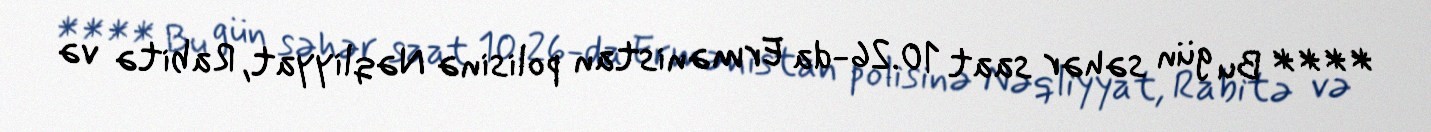
**** Bu gün səhər saat 10.26-da Ermənistan polisinə Nəqliyyat, Rabitə və